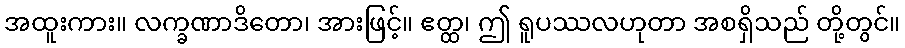
အထူးကား။ လက္ခဏာဒိတော၊ အားဖြင့်။ ဧတ္ထ၊ ဤ ရူပဿလဟုတာ အစရှိသည် တို့တွင်။